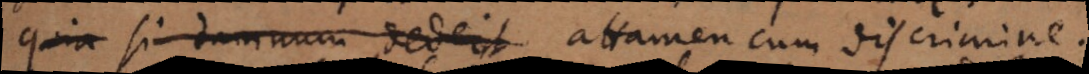
quia si damnum dederit, attamen cum discrimine.